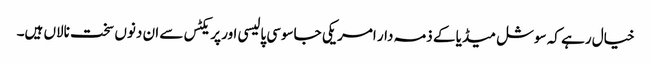
خیال رہے کہ سوشل میڈیا کے ذمہ دار امریکی جاسوسی پالیسی اور پریکٹس سے ان دنوں سخت نالاں ہیں۔